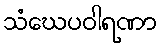
သံဃေပဝါရဏာ